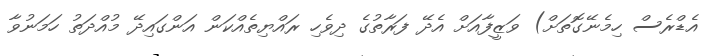
އެޑްރެސް ހިމެނޭގޮތަށް) ވަޒީފާއަށް އެދޭ ފަރާތުގެ ދިވެހި ރައްޔިތެއްކަން އަންގައިދޭ މުއްދަތު ހަމަނުވާ